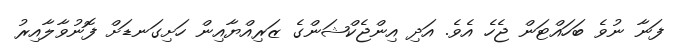
ފަނާ ނުވެ ބަހައްޓަން ޖެހެ އެވެ. އަދި އިންޖެކްޝަންގެ ޒަރިއްޔާއިން ހަށިގަނޑަށް ފޮނުވާލާއިރު